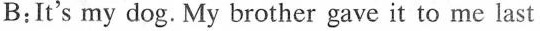
B:It's my dog.My brother gave it to me last